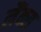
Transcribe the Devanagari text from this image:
लैंक्स